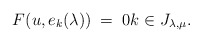
\begin{align*}F(u, e_k(\lambda)) \; =\; 0 k\in J_{\lambda, \mu}.\end{align*}